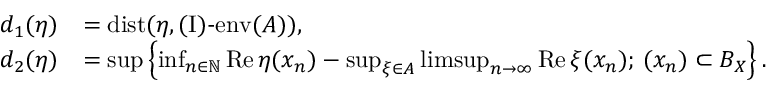
\begin{array} { r l } { d _ { 1 } ( \eta ) } & { = \operatorname { d i s t } ( \eta , \operatorname { ( I ) - e n v } ( A ) ) , } \\ { d _ { 2 } ( \eta ) } & { = \operatorname* { s u p } \left\{ \operatorname* { i n f } _ { n \in \mathbb N } \operatorname { R e } \eta ( x _ { n } ) - \operatorname* { s u p } _ { \xi \in A } \operatorname* { l i m s u p } _ { n \to \infty } \operatorname { R e } \xi ( x _ { n } ) ; \, ( x _ { n } ) \subset B _ { X } \right\} . } \end{array}